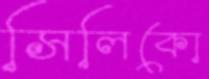
সিলিকো